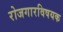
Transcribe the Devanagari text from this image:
रोजगारविषयक